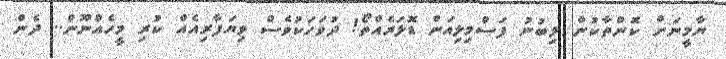
ޔާމީނަށް ކޮންތާކުން ލިބުނު ފަސްމިލިއަން ޑޮލަރެއްތޯ! ދުވަހަކުވެސް ވިޔަފާރިއެއް ކުރި މީހެއްނޫން.. ދެން